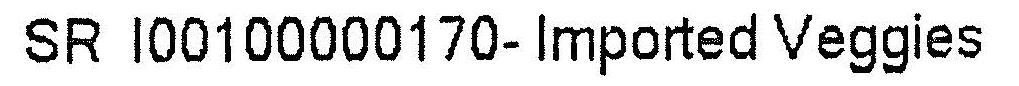
SR I00100000170- IMPORTED VEGGIES